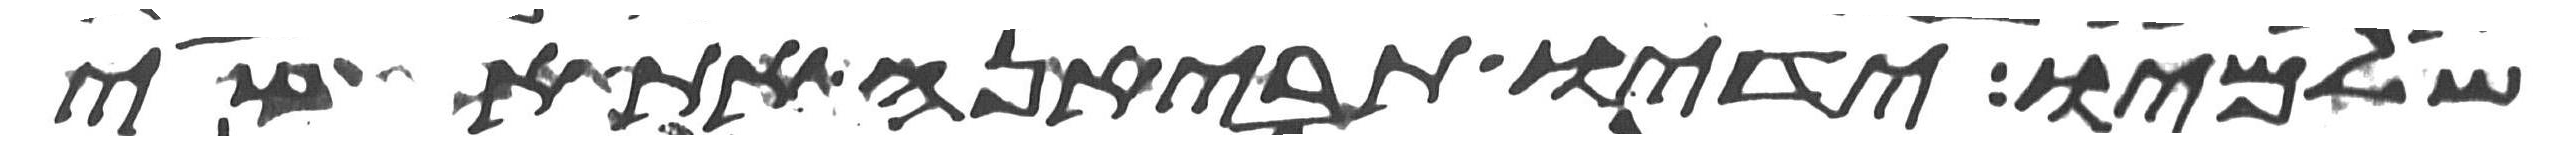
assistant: שלמיו ידיו תביאנה את אשי